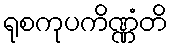
ရုစကုပကိဏ္ဏံတိ